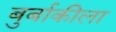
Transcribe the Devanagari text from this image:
बुर्बाकीला